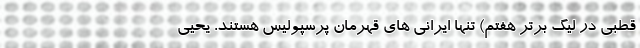
قطبی در لیگ برتر هفتم) تنها ایرانی های قهرمان پرسپولیس هستند. یحیی